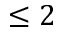
\le 2